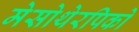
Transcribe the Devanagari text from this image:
मेसोथेरपिको